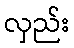
လှည်း